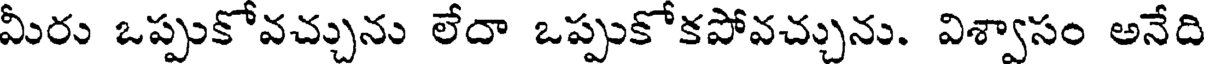
మీరు ఒప్పుకోవచ్చును లేదా ఒప్పుకోకపోవచ్చును. విశ్వాసం అనేది